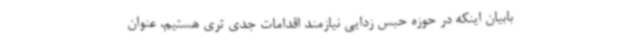
بابیان اینکه در حوزه حبس زدایی نیازمند اقدامات جدی تری هستیم، عنوان